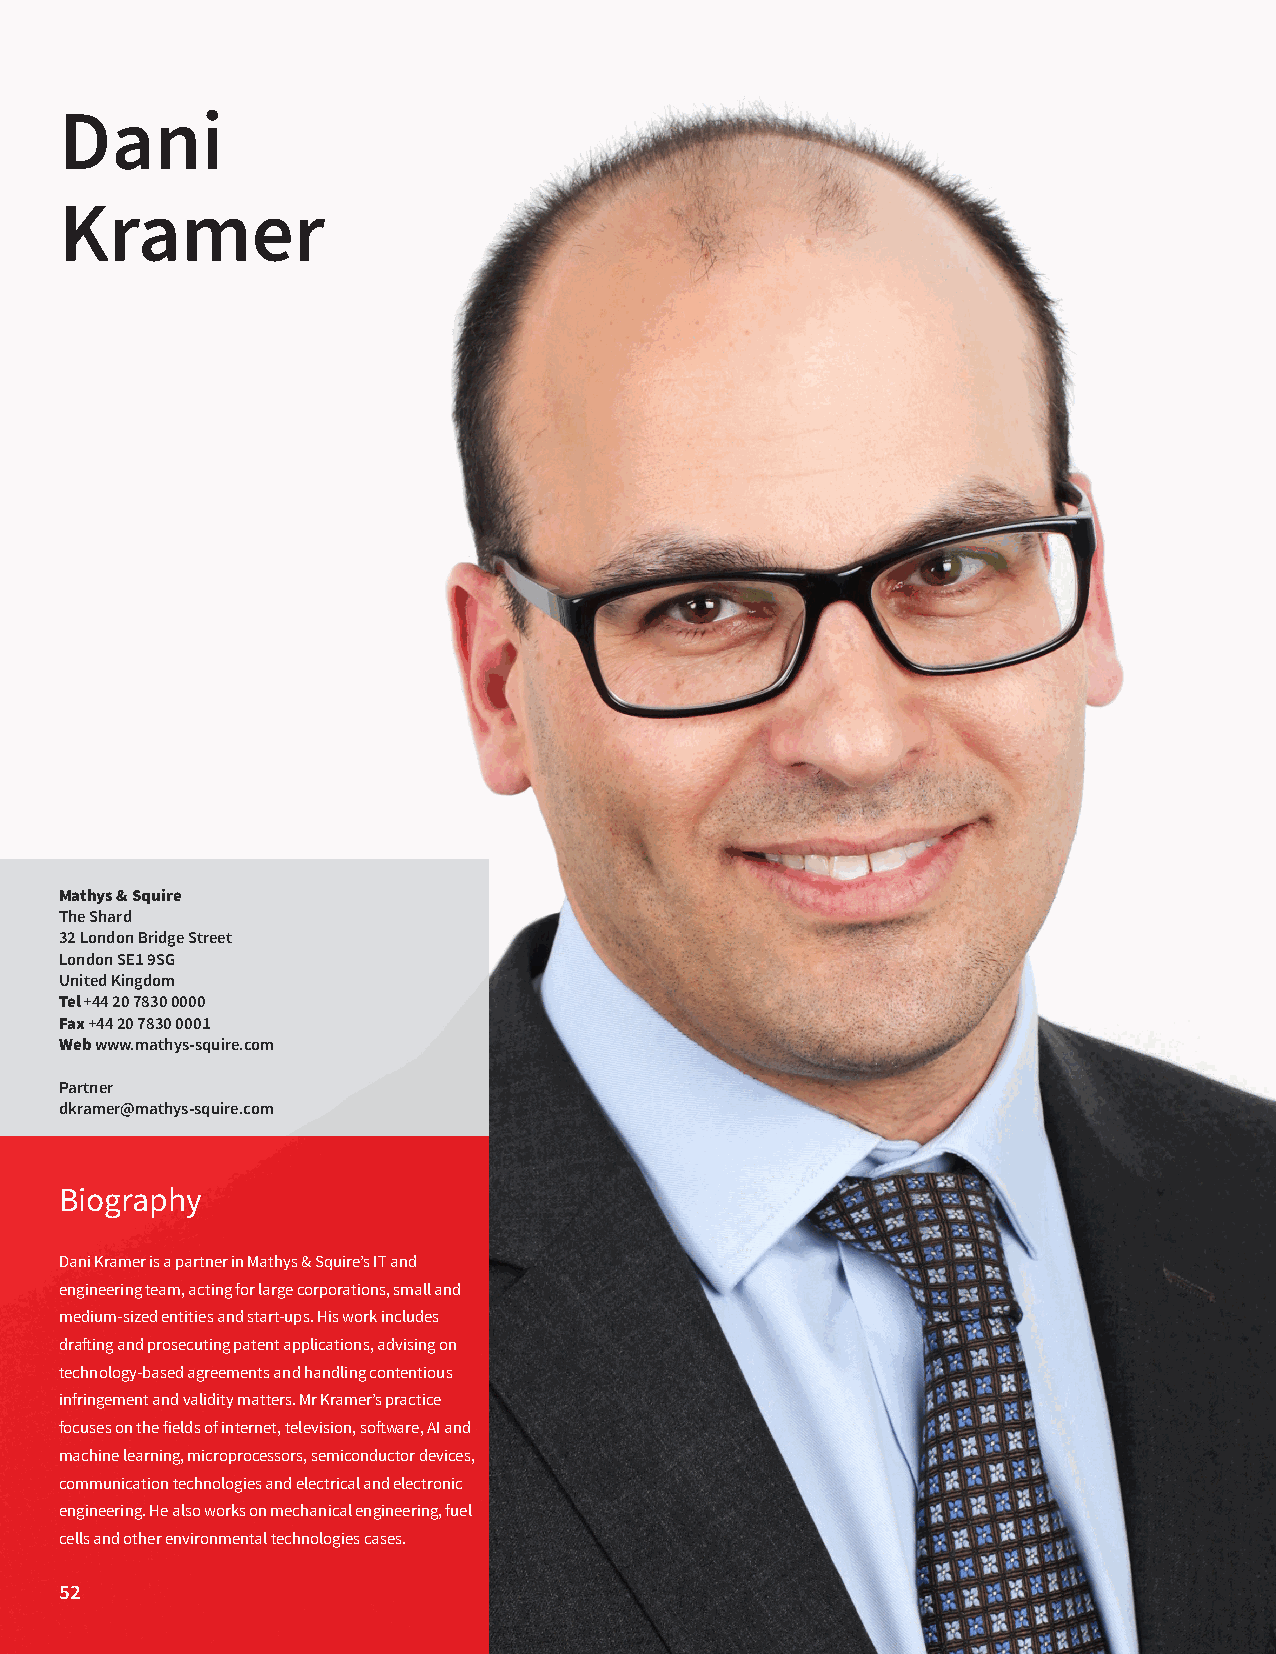
Dani
 Kramer
 Mathys & Squire
 The Shard
 32 London Bridge Street
 London SE1 9SG
 United Kingdom
 Tel +44 20 7830 0000
 Fax +44 20 7830 0001
 Web www.mathys-squire.com
 Partner
 dkramer@mathys-squire.com
 Biography
 Dani Kramer is a partner in Mathys & Squire’s IT and
 engineering team, acting for large corporations, small and
 medium-sized entities and start-ups. His work includes
 drafting and prosecuting patent applications, advising on
 technology-based agreements and handling contentious
 infringement and validity matters. Mr Kramer’s practice
 focuses on the fields of internet, television, software, AI and
 machine learning, microprocessors, semiconductor devices,
 communication technologies and electrical and electronic
 engineering. He also works on mechanical engineering, fuel
 cells and other environmental technologies cases.
 52